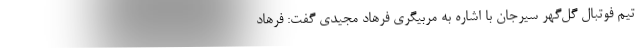
تیم فوتبال گل‌گهر سیرجان با اشاره به مربیگری فرهاد مجیدی گفت: فرهاد